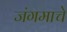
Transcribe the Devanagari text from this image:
जंगमाचे